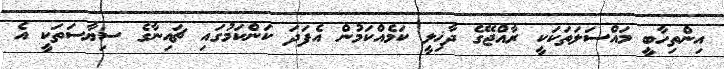
އިންތިހާބީ މައްސަލަތަކަކީ ރާއްޖޭގެ ދާޚިލީ ކަމެއްކަމުން އެފަދަ ކަންކަމުގައި ޗައިނާގެ ސިޔާސަތަކީ އެ